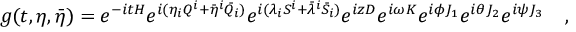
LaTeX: g ( t , \eta , \bar { \eta } ) = e ^ { - i t H } e ^ { i ( \eta _ { i } Q ^ { i } + \bar { \eta } ^ { i } \bar { Q } _ { i } ) } e ^ { i ( \lambda _ { i } S ^ { i } + \bar { \lambda } ^ { i } \bar { S } _ { i } ) } e ^ { i z D } e ^ { i \omega K } e ^ { i \phi J _ { 1 } } e ^ { i \theta J _ { 2 } } e ^ { i \psi J _ { 3 } } \quad ,